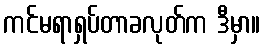
ကင်မရာရှပ်တာခလုတ်က ဒီမှာ။